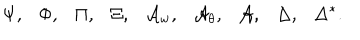
\Psi , \Phi , \Pi , \Xi , { \cal A } _ { w } , { \cal A } _ { \theta } , { \cal A } , \Delta , \Delta ^ { * } .